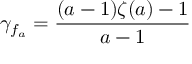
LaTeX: \gamma _ { f _ { a } } = { \frac { ( a - 1 ) \zeta ( a ) - 1 } { a - 1 } }